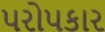
૫રો૫કાર